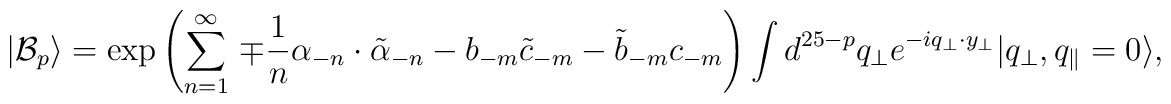
|\mathcal{B}_p\rangle = \exp \left( \sum_{n = 1}^{\infty}\, \mp\frac{1}{n} \alpha_{-n}\cdot \tilde{\alpha}_{-n} - b_{-m}\tilde{c}_{-m} - \tilde{b}_{-m} c_{-m} \right) \int d^{25-p} q_{\bot}e^{-i q_{\bot}\cdot y_{\bot}} |q_{\bot},q_{\parallel} =0\rangle,